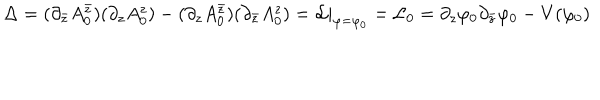
\Delta = ( \partial _ { \bar { z } } A _ { 0 } ^ { \bar { z } } ) ( \partial _ { z } A _ { 0 } ^ { z } ) - ( \partial _ { z } A _ { 0 } ^ { \bar { z } } ) ( \partial _ { \bar { z } } A _ { 0 } ^ { z } ) = { \cal L } | _ { \varphi = \varphi _ { 0 } } = { \cal L } _ { 0 } = \partial _ { z } \varphi _ { 0 } \partial _ { \bar { z } } \varphi _ { 0 } - V ( \varphi _ { 0 } )